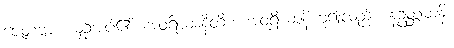
ဇေတဗ္ဗာ၊ ယှဉ်အပ်၏။ အဝရိယာနီတိစ၊ အဝရိယာနိဟူ၍လည်း။ နဥတ္တမာနိ၊